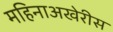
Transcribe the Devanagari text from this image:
महिनाअखेरीस